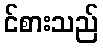
င်စားသည်